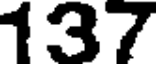
137